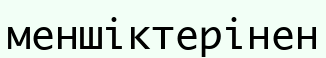
меншіктерінен